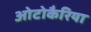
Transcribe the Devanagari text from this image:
ओटोकैरिया